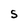
Character: S